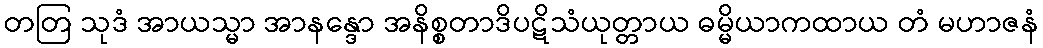
တတြ သုဒံ အာယသ္မာ အာနန္ဒော အနိစ္စတာဒိပဋိသံယုတ္တာယ ဓမ္မိယာကထာယ တံ မဟာဇနံ